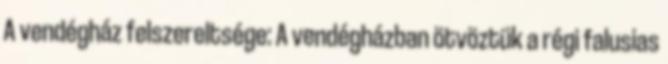
A vendégház felszereltsége: A vendégházban ötvöztük a régi falusias